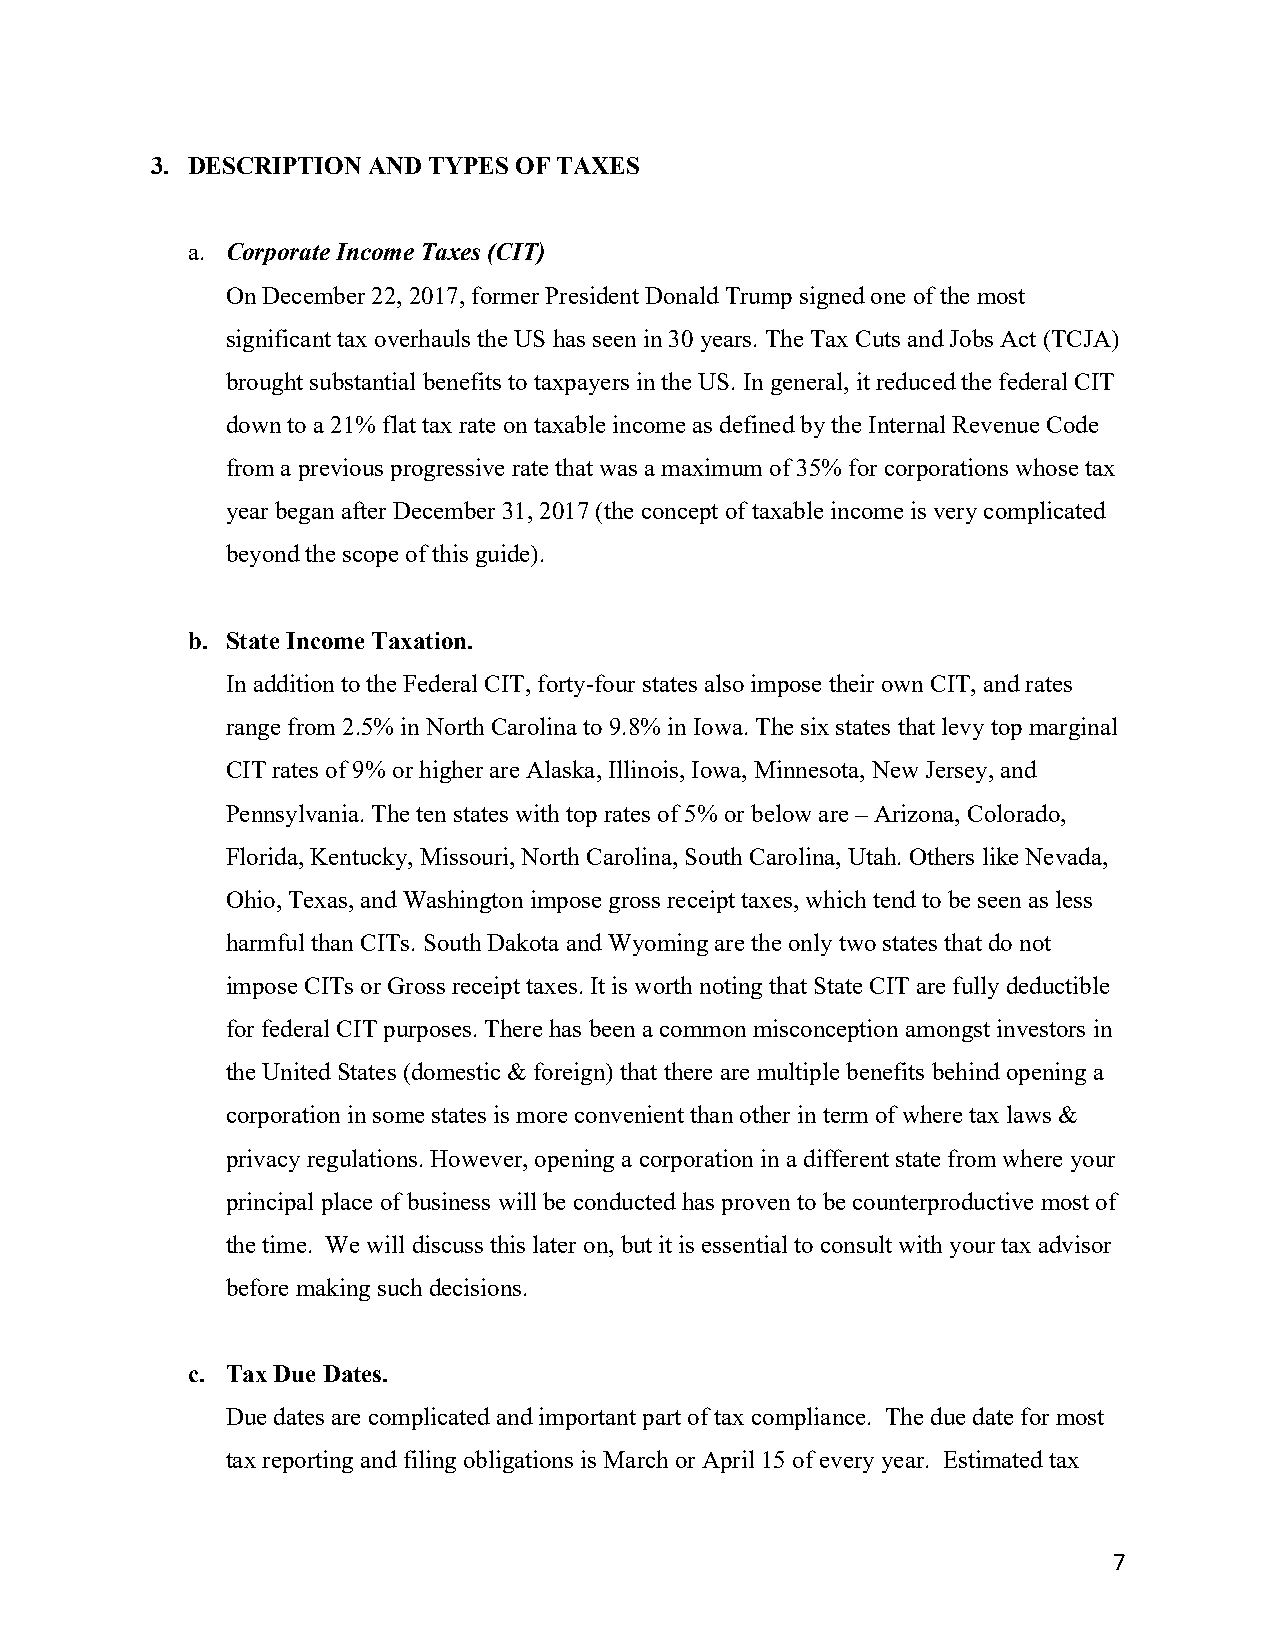
3. DESCRIPTION AND TYPES OF TAXES
 a. Corporate Income Taxes (CIT)
 On December 22, 2017, former President Donald Trump signed one of the most
 significant tax overhauls the US has seen in 30 years. The Tax Cuts and Jobs Act (TCJA)
 brought substantial benefits to taxpayers in the US. In general, it reduced the federal CIT
 down to a 21% flat tax rate on taxable income as defined by the Internal Revenue Code
 from a previous progressive rate that was a maximum of 35% for corporations whose tax
 year began after December 31, 2017 (the concept of taxable income is very complicated
 beyond the scope of this guide).
 b. State Income Taxation.
 In addition to the Federal CIT, forty-four states also impose their own CIT, and rates
 range from 2.5% in North Carolina to 9.8% in Iowa. The six states that levy top marginal
 CIT rates of 9% or higher are Alaska, Illinois, Iowa, Minnesota, New Jersey, and
 Pennsylvania. The ten states with top rates of 5% or below are – Arizona, Colorado,
 Florida, Kentucky, Missouri, North Carolina, South Carolina, Utah. Others like Nevada,
 Ohio, Texas, and Washington impose gross receipt taxes, which tend to be seen as less
 harmful than CITs. South Dakota and Wyoming are the only two states that do not
 impose CITs or Gross receipt taxes. It is worth noting that State CIT are fully deductible
 for federal CIT purposes. There has been a common misconception amongst investors in
 the United States (domestic & foreign) that there are multiple benefits behind opening a
 corporation in some states is more convenient than other in term of where tax laws &
 privacy regulations. However, opening a corporation in a different state from where your
 principal place of business will be conducted has proven to be counterproductive most of
 the time. We will discuss this later on, but it is essential to consult with your tax advisor
 before making such decisions.
 c. Tax Due Dates.
 Due dates are complicated and important part of tax compliance. The due date for most
 tax reporting and filing obligations is March or April 15 of every year. Estimated tax
 7